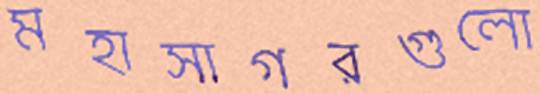
মহাসাগরগুলো